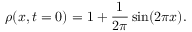
\rho ( x , t = 0 ) = 1 + \frac { 1 } { 2 \pi } \sin ( 2 \pi x ) .